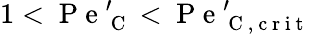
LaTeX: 1<\mathrm{~P~e~}_{\mathrm{~C~}}^{\prime}<\mathrm{~P~e~}_{\mathrm{~C~,~c~r~i~t~}}^{\prime}